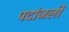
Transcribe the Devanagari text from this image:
पदांजली